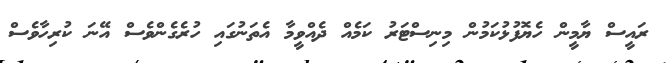
ރައީސް ޔާމީން ހެޔޮފުޅުކަމުން މިނިސްޓަރު ކަމެއް ދެއްވީމާ އެތަނުގައި ހުރެގެންވެސް އޭނަ ކުރިހާވެސް